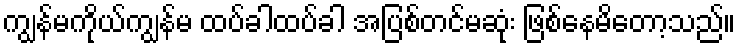
ကျွန်မကိုယ်ကျွန်မ ထပ်ခါထပ်ခါ အပြစ်တင်မဆုံး ဖြစ်နေမိတော့သည်။